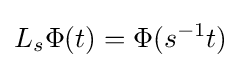
L_{s}\Phi (t)=\Phi (s^{-1}t)